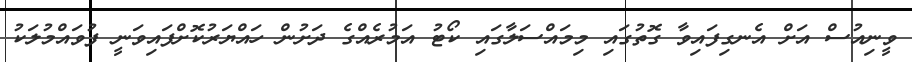
ވީނިއުސް އަށް އެނގިފައިވާ ގޮތުގައި މިމައްސަލާގައި ކޯޓު އަމުރެއްގެ ދަށުން ހައްޔަރުކޮށްފައިވަނީ ފުވައްމުލަކު